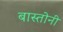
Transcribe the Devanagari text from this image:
बास्तोनी